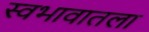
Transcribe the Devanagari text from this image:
स्वभावातला